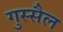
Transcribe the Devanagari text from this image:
गुस्‍सैल